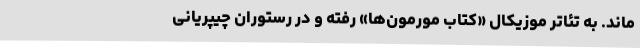
‌ماند. به تئاتر موزیکال «کتاب مورمون‌ها» رفته و در رستوران چیپریانی